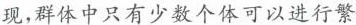
现，群体中只有少数个体可以进行繁